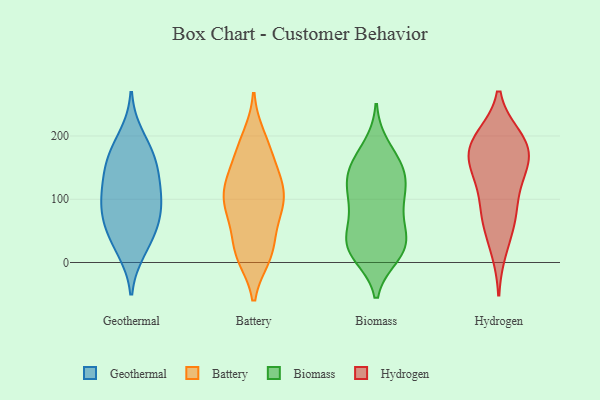
{"axis": {"x": "Page Views", "y": "Value"}, "legend": ["Battery", "Biomass", "Geothermal", "Hydrogen"], "data": [{"x": "", "y": 158, "type": "Geothermal"}, {"x": "", "y": 59, "type": "Geothermal"}, {"x": "", "y": 31, "type": "Geothermal"}, {"x": "", "y": 199, "type": "Geothermal"}, {"x": "", "y": 95, "type": "Geothermal"}, {"x": "", "y": 169, "type": "Geothermal"}, {"x": "", "y": 163, "type": "Geothermal"}, {"x": "", "y": 106, "type": "Geothermal"}, {"x": "", "y": 129, "type": "Geothermal"}, {"x": "", "y": 20, "type": "Geothermal"}, {"x": "", "y": 115, "type": "Geothermal"}, {"x": "", "y": 71, "type": "Geothermal"}, {"x": "", "y": 69, "type": "Geothermal"}, {"x": "", "y": 166, "type": "Battery"}, {"x": "", "y": 15, "type": "Battery"}, {"x": "", "y": 97, "type": "Battery"}, {"x": "", "y": 192, "type": "Battery"}, {"x": "", "y": 198, "type": "Battery"}, {"x": "", "y": 128, "type": "Battery"}, {"x": "", "y": 111, "type": "Battery"}, {"x": "", "y": 100, "type": "Battery"}, {"x": "", "y": 75, "type": "Battery"}, {"x": "", "y": 77, "type": "Battery"}, {"x": "", "y": 30, "type": "Battery"}, {"x": "", "y": 115, "type": "Battery"}, {"x": "", "y": 66, "type": "Battery"}, {"x": "", "y": 13, "type": "Battery"}, {"x": "", "y": 138, "type": "Battery"}, {"x": "", "y": 10, "type": "Battery"}, {"x": "", "y": 171, "type": "Battery"}, {"x": "", "y": 13, "type": "Battery"}, {"x": "", "y": 132, "type": "Battery"}, {"x": "", "y": 92, "type": "Battery"}, {"x": "", "y": 159, "type": "Biomass"}, {"x": "", "y": 115, "type": "Biomass"}, {"x": "", "y": 35, "type": "Biomass"}, {"x": "", "y": 100, "type": "Biomass"}, {"x": "", "y": 141, "type": "Biomass"}, {"x": "", "y": 79, "type": "Biomass"}, {"x": "", "y": 155, "type": "Biomass"}, {"x": "", "y": 20, "type": "Biomass"}, {"x": "", "y": 182, "type": "Biomass"}, {"x": "", "y": 54, "type": "Biomass"}, {"x": "", "y": 129, "type": "Biomass"}, {"x": "", "y": 28, "type": "Biomass"}, {"x": "", "y": 13, "type": "Biomass"}, {"x": "", "y": 23, "type": "Biomass"}, {"x": "", "y": 135, "type": "Biomass"}, {"x": "", "y": 89, "type": "Biomass"}, {"x": "", "y": 24, "type": "Biomass"}, {"x": "", "y": 149, "type": "Hydrogen"}, {"x": "", "y": 168, "type": "Hydrogen"}, {"x": "", "y": 197, "type": "Hydrogen"}, {"x": "", "y": 63, "type": "Hydrogen"}, {"x": "", "y": 196, "type": "Hydrogen"}, {"x": "", "y": 119, "type": "Hydrogen"}, {"x": "", "y": 78, "type": "Hydrogen"}, {"x": "", "y": 21, "type": "Hydrogen"}, {"x": "", "y": 188, "type": "Hydrogen"}, {"x": "", "y": 77, "type": "Hydrogen"}, {"x": "", "y": 139, "type": "Hydrogen"}, {"x": "", "y": 185, "type": "Hydrogen"}, {"x": "", "y": 163, "type": "Hydrogen"}]}